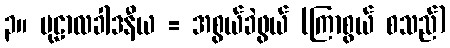
၃။ မုဠာလခါဒနီယ = အစွယ်ခဲဖွယ် (ကြာစွယ် စသည်)